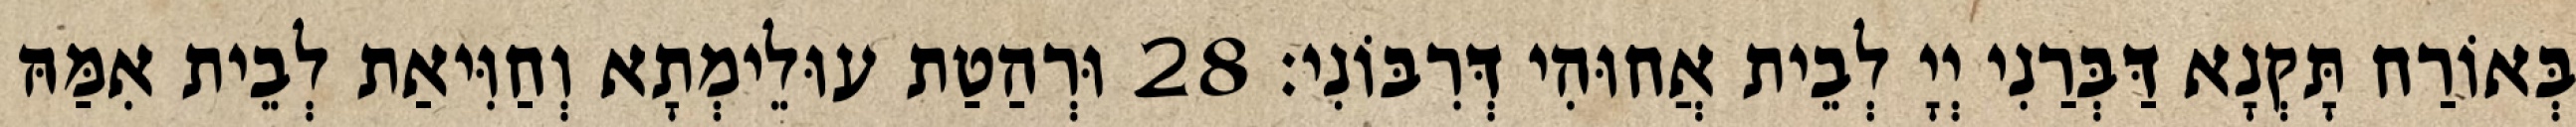
בְּאוֹרַח תָּקְנָא דַּבְּרַנִי יְיָ לְבֵית אֲחוּהִי דְּרִבּוֹנִי׃ 28 וּרְהַטַת עוּלֵימְתָא וְחַוִּיאַת לְבֵית אִמַּהּ